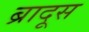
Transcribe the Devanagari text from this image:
ब्रादूस